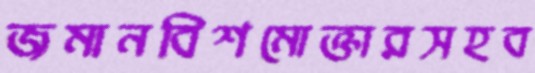
জমানবিশমোক্তারসহব